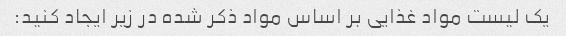
یک لیست مواد غذایی بر اساس مواد ذکر شده در زیر ایجاد کنید: